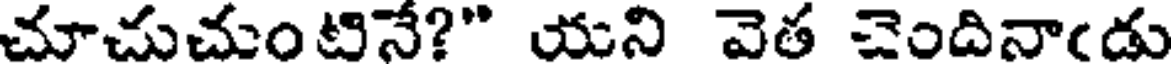
చూచుచుంటినే?" యని వెత చెందినాఁడు